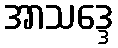
အာသဒ္ဒေ